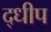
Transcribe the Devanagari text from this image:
द्धीप